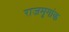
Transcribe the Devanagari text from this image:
राजमृगांक